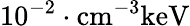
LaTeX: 10^{-2}\cdot\mathrm{cm}^{-3}\mathrm{keV}